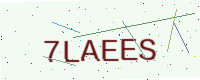
Text: 7LAEES